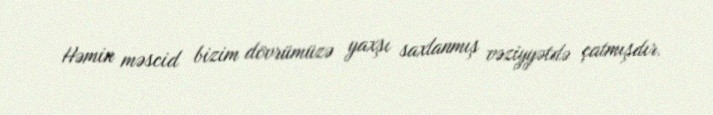
Həmin məscid bizim dövrümüzə yaxşı saxlanmış vəziyyətdə çatmışdır.